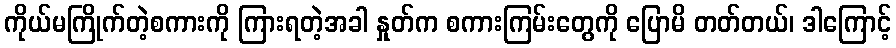
ကိုယ်မကြိုက်တဲ့စကားကို ကြားရတဲ့အခါ နှုတ်က စကားကြမ်းတွေကို ပြောမိ တတ်တယ်၊ ဒါကြောင့်